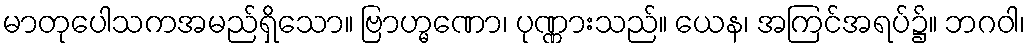
မာတုပေါသကအမည်ရှိသော။ ဗြာဟ္မဏော၊ ပုဏ္ဏားသည်။ ယေန၊ အကြင်အရပ်၌။ ဘဂဝါ၊